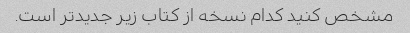
مشخص کنید کدام نسخه از کتاب زیر جدیدتر است.